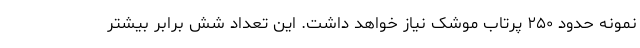
نمونه حدود ۲۵۰ پرتاب موشک نیاز خواهد داشت. این تعداد شش برابر بیشتر